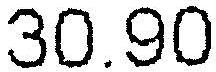
30.90